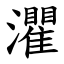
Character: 灈